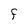
Character: F